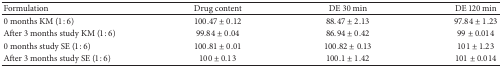
<table><thead><tr><td><b>Formulation</b></td><td><b>Drug content</b></td><td><b>DE 30 min</b></td><td><b>DE 120 min</b></td></tr></thead><tbody><tr><td>0 months KM (1 : 6)</td><td>100.47 ± 0.12</td><td>88.47 ± 2.13</td><td>97.84 ± 1.23</td></tr><tr><td>After 3 months study KM (1 : 6)</td><td>99.84 ± 0.04</td><td>86.94 ± 0.42</td><td>99 ± 0.014</td></tr><tr><td>0 months study SE (1 : 6)</td><td>100.81 ± 0.01</td><td>100.82 ± 0.13</td><td>101 ± 1.23</td></tr><tr><td>After 3 months study SE (1 : 6)</td><td>100 ± 0.13</td><td>100.1 ± 1.42</td><td>101 ± 0.014</td></tr></tbody></table>